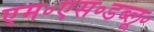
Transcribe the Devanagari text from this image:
एम॰एस॰डब्लू॰